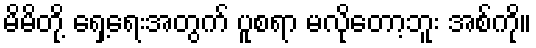
မိမိတို့ ရှေ့ရေးအတွက် ပူစရာ မလိုတော့ဘူး အစ်ကို။